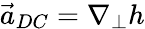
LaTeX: \vec{a}_{DC}=\nabla_{\perp}h